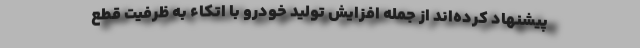
پیشنهاد کرده‌اند از جمله افزایش تولید خودرو با اتکاء به ظرفیت قطع